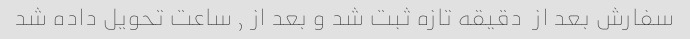
سفارش بعد از  دقیقه تازه ثبت شد و بعد از ٫ ساعت تحویل داده شد